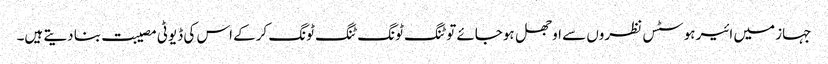
جہاز میں ائیر ہوسٹس نظروں سے اوجھل ہوجائے تو ٹنگ ٹونگ ٹنگ ٹونگ کرکے اس کی ڈیوٹی مصیبت بنا دیتے ہیں۔